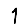
Digit: 1